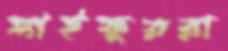
সাইফুররা